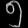
Digit: ၅